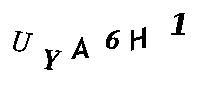
UYA6H1